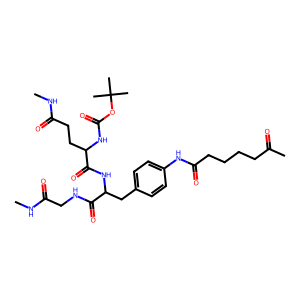
SMILES: CNC(=O)CCC(NC(=O)OC(C)(C)C)C(=O)NC(Cc1ccc(NC(=O)CCCCC(C)=O)cc1)C(=O)NCC(=O)NC
Inhibits HIV replication: No